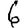
Digit: 6